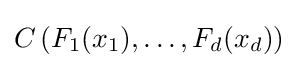
C\left(F_{1}(x_{1}),\dots ,F_{d}(x_{d})\right)